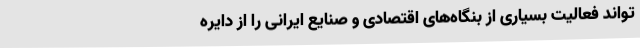
‌تواند فعالیت بسیاری از بنگاه‌های اقتصادی و صنایع ایرانی را از دایره